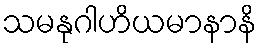
သမနုဂါဟိယမာနာနိ